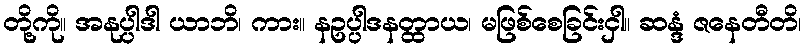
တို့ကို။ အနုပ္ပါဒါ ယာဘိ၊ ကား။ နဥပ္ပါဒနတ္ထာယ၊ မဖြစ်စေခြင်းငှါ။ ဆန္ဒံ ဇနေတီတိ၊